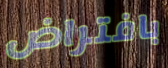
بافتراض